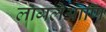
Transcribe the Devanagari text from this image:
लागलेआणि